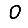
Digit: 0